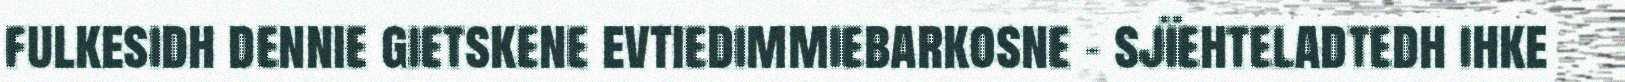
fulkesidh dennie gietskene evtiedimmiebarkosne - sjïehteladtedh ihke